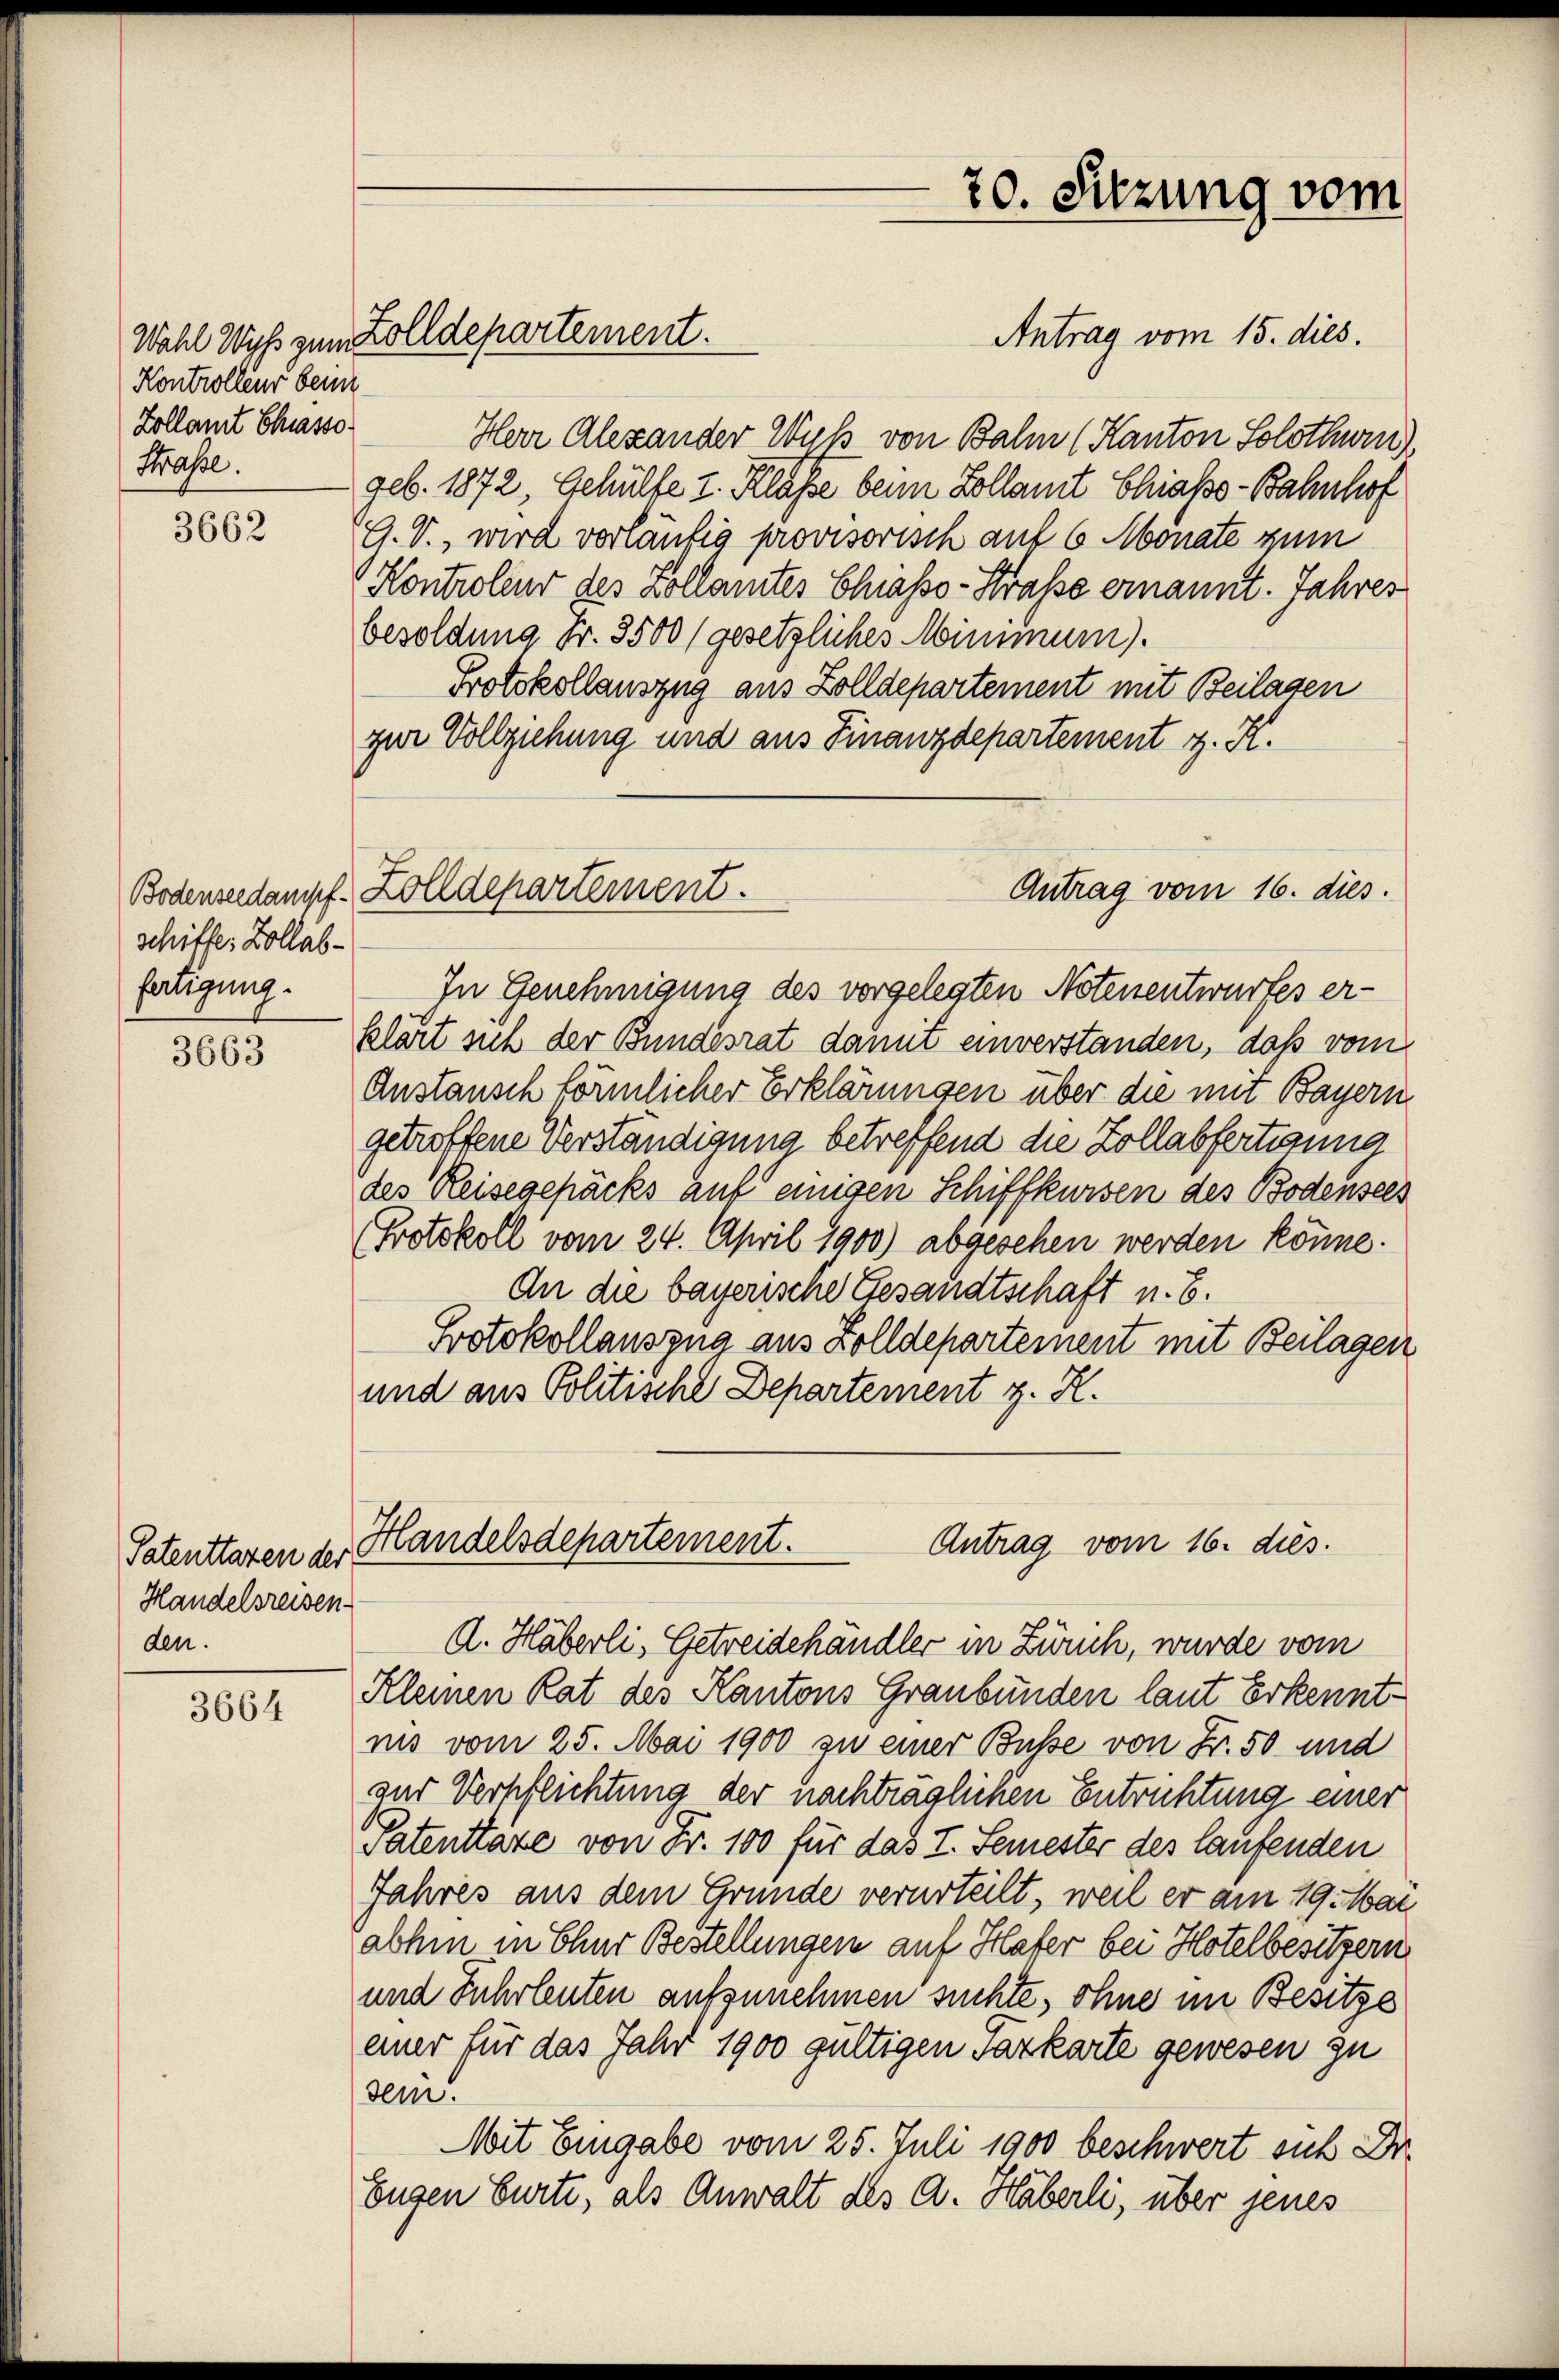
Kontrolleur beim
Zollamt Chiasso
Strasse.

3662

schiffes Zollabfertigung.

3663

Patenttaren der
Handelsreisen.
den.

3664

Antrag vom 15. dies.
Herr Alexander Wuß von Balm (Kanton Solothurn).
geb. 1872, Gehülfe I. Klasse beim Kollamt Chiasso-Bahnhof
G. V., wird vorläufig provisorisch auf 6 Monate zum
Kontroleur des Kollamtes Chiasso-Straße ernannt. Jahrer
besoldung Fr. 3500 (gesetzliches Minimum).
Protokollauszug aus Zolldepartement mit Beilagen
zur Vollziehung und aus Finanzdepartement z. K.
Antrag vom 16. dies
Bodenseedampf. Zolldepartement.
In Genehmigung des vorgelegten Notenentwurfes erklärt sich der Bundesrat damit einverstanden, daß vom
Anstansch förmlicher Erklärungen über die mit Bayern
getroffene Verständigung betreffend die Zollabfertigung
des Reisegepäcks auf einigen Schiffkursen des Bodensees
Protokoll vom 24. April 1900) abgesehen werden könne.
An die bayerische Gesandtschaft u. 6.
Protokollauszug aus Zolldepartement mit Beilagen
und aus Politische Departement z. R.

Wahl Wyß zum Zolldepartement.

20. Sitzung vom

Handelsdepartement.
Antrag vom 16. dies

A. Häberli, Getreidehändler in Zürich, wurde vom
Kleinen Rat des Kantons Graubünden laut Erkenntnis vom 25. Mai 1900 zu einer Busse von Fr. 50 und
anr Verpflichtung der nachträglichen Entrichtung einer
Patenttate von Fr. 100 für das I. Semester des laufenden
Jahres aus dem Grunde verurteilt, weil er am 19. Mar
abhin in Chur Bestellungen auf Hafer bei Hotelbesitzern
und Fuhrleuten aufzunehmen suchte, ohne im Besitze
einer für das Jahr 1900 gültigen Parkarte gewesen zu
sein.
Mit Eingabe vom 25. Juli 1900 beschwert sich Dr.
Eugen Eurte, als Anwalt des A. Häberli, über jenes